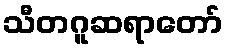
သီတဂူဆရာတော်